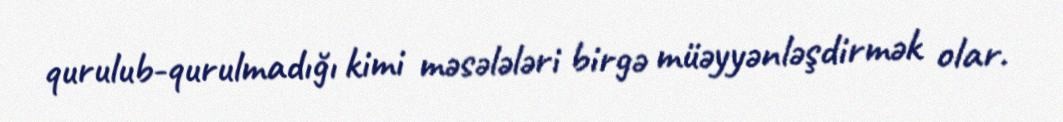
qurulub-qurulmadığı kimi məsələləri birgə müəyyənləşdirmək olar.